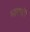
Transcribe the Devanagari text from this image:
भाषायें।